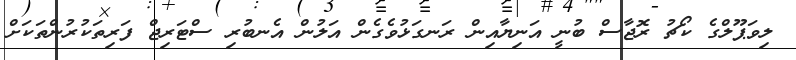
ލިވަޕޫލްގެ ކޯޗު ރޮޖާސް ބުނީ އަނިޔާއިން ރަނގަޅުވެގެން އަލުން އެނބުރި ސްޓަރިޖް ފަރިތަކުރުންތަކަށް